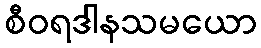
စီဝရဒါနသမယော